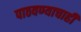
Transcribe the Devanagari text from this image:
पाठवण्याचाही